Juri_Uluots, lk 24
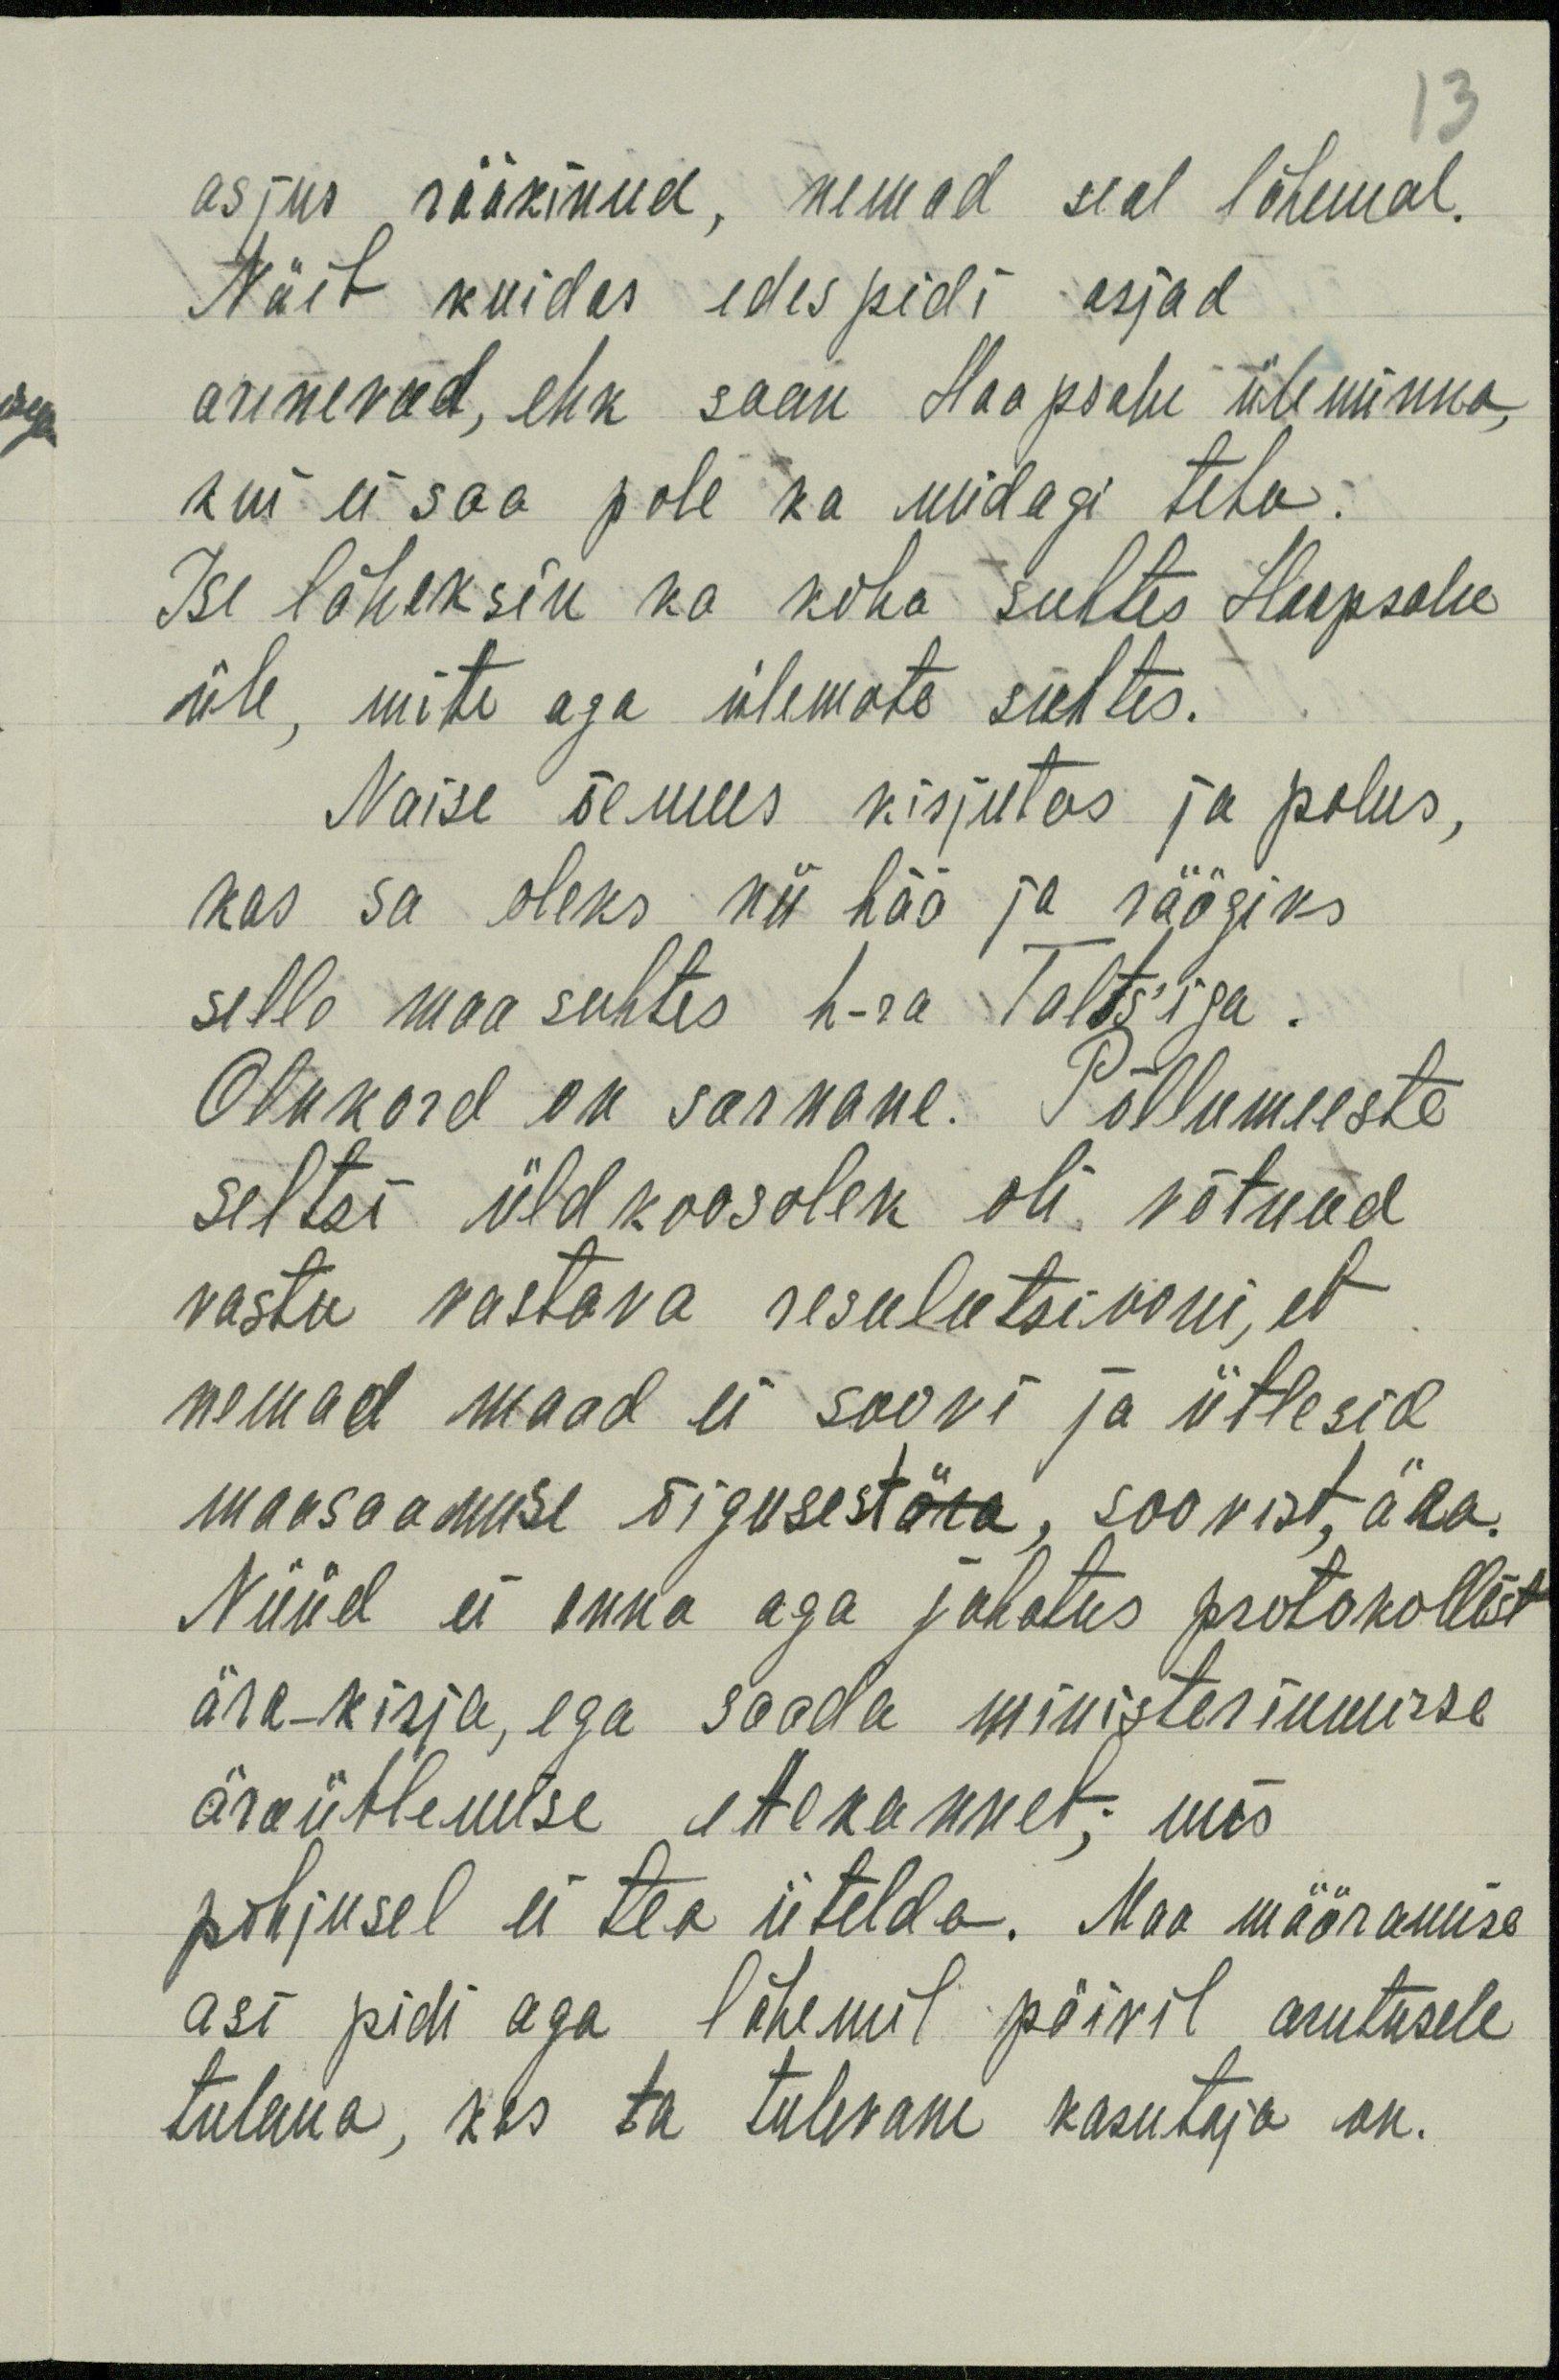
asjus rääkinud, nemad seal lähemal.
Näib kuidas edespidi asjad
arenevad, ehk saan Haapsalu üle minna,
kui ei saa pole ka midagi teha.
Ise läheksin ka koha suhtes Haapsalu
üle, mite aga ülemate suhtes.
Naise õemees kirjutas ja palus,
kas sa oleks nii hää ja räägiks
selle maa suhtes h-ra Talts'iga.
Olukord on sarnane. Põllumeeste
seltsi üldkoosolek oli võtnud
vastu vastava resulutsiooni, et
nemad maad ei soovi ja ütlesid
maasaamise õigusest ära, soovist, ära.
Nüüd ei anna aga juhatus protokollist
ära-kirja, ega saada ministeriumisse
äraütlemise ettekannet; mis
põhjusel ei tea ütelda. Maa määramise
asi pidi aga lähemil päivil arutusele
tulema, kes ta tulevane kasutaja on.